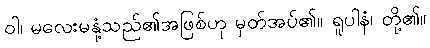
ဝါ၊ မလေးမနုံ့သည်၏အဖြစ်ဟု မှတ်အပ်၏။ ရူပါနံ၊ တို့၏။